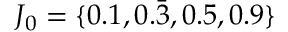
J _ { 0 } = \{ 0 . 1 , 0 . \bar { 3 } , 0 . 5 , 0 . 9 \}